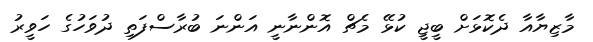
މާޒިޔާއާ ދެކޮޅަށް ބީޖީ ކުޅޭ މެޗް އޮންނާނީ އަންނަ ބުރާސްފަތި ދުވަހުގެ ހަވީރު